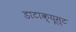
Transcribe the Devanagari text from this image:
डाटाक्यूस्ट